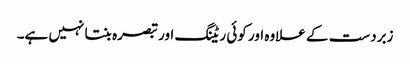
زبردست کے علاوہ اور کوئی ریٹنگ اور تبصرہ بنتا نہیں ہے۔